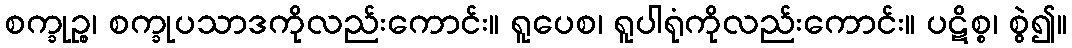
စက္ခုဉ္စ၊ စက္ခုပသာဒကိုလည်းကောင်း။ ရူပေစ၊ ရူပါရုံကိုလည်းကောင်း။ ပဋိစ္စ၊ စွဲ၍။